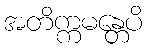
အတိက္ကမန္တေပိ